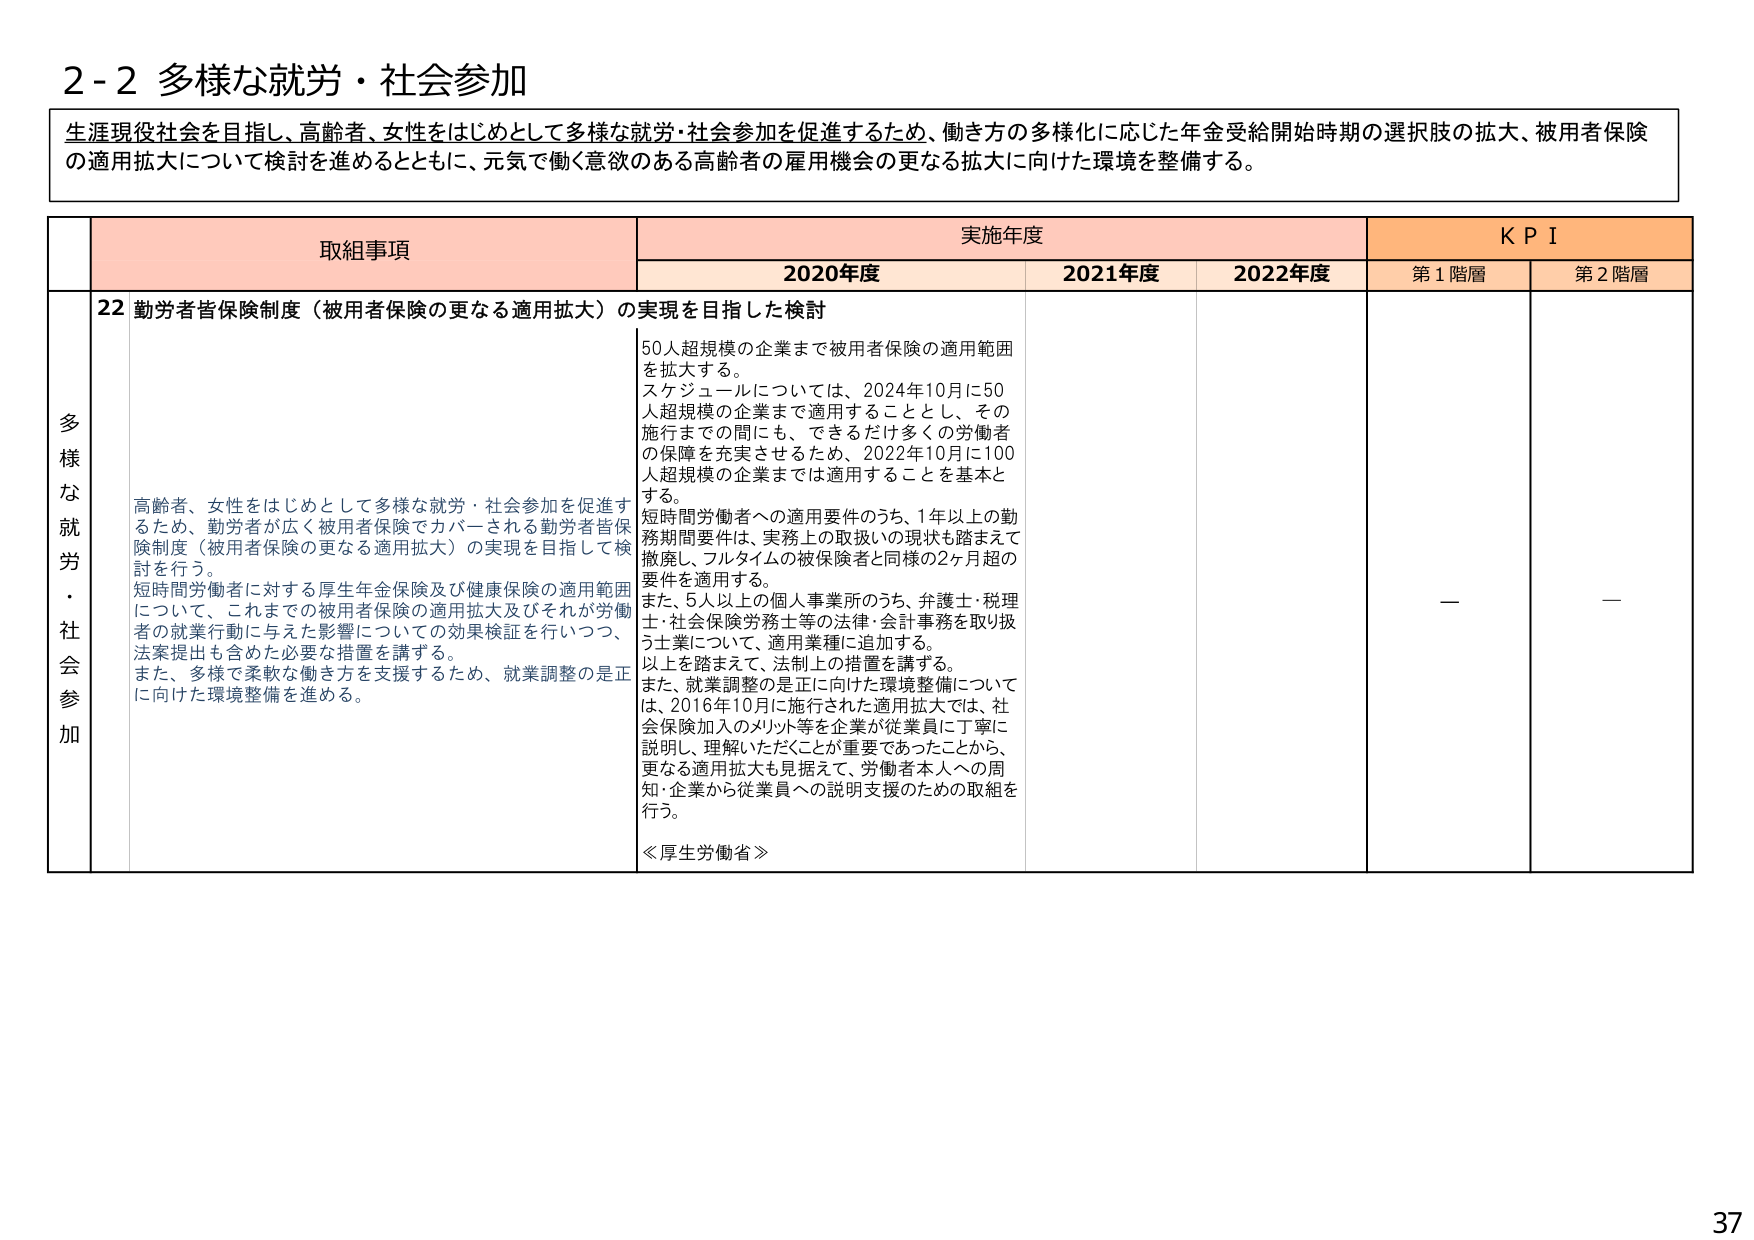
2-2 多様な就労・社会参加

生涯現役社会を目指し、高齢者、女性をはじめとして多様な就労・社会参加を促進するため、働き方の多様化に応じた年金受給開始時期の選択肢の拡大、被用者保険の適用拡大について検討を進めるとともに、元気に働く意欲のある高齢者の雇用機会の更なる拡大に向けた環境を整備する。

取組事項 実施年度 KPI
2020年度 2021年度 2022年度 第1階層 第2階層

多様な就労・社会参加
22 勤労者皆保険制度（被用者保険の更なる適用拡大）の実現を目指した検討

高齢者、女性をはじめとして多様な就労・社会参加を促進するため、勤労者が広く被用者保険でカバーされる勤労者皆保険制度（被用者保険の更なる適用拡大）の実現を目指して検討を行う。
短時間労働者に対する厚生年金保険及び健康保険の適用範囲について、これまでの被用者保険の適用拡大及びそれが労働者の就業行動に与えた影響についての効果検証を行いつつ、法案提出も含めた必要な措置を講ずる。
また、多様で柔軟な働き方を支援するため、就業調整の是正に向けた環境整備を進める。

50人超規模の企業まで被用者保険の適用範囲を拡大する。
スケジュールについては、2024年10月に50人超規模の企業まで適用することとし、その施行までの間にも、できるだけ多くの労働者の保障を充実させるため、2022年10月に100人超規模の企業までは適用することを基本とする。
短時間労働者への適用要件のうち、1年以上の勤務期間要件は、実務上の取扱いの現状も踏まえて撤廃し、フルタイムの被保険者と同様の2ヶ月超の要件を適用する。
また、5人以上の個人事業所のうち、弁護士・税理士・社会保険労務士等の法律・会計事務を取り扱う事業について、適用業種に追加する。
以上を踏まえて、法制上の措置を講ずる。
また、就業調整の是正に向けた環境整備については、2016年10月に施行された適用拡大では、社会保険加入のメリット等を企業が従業員に丁寧に説明し、理解いただくことが重要であったことから、更なる適用拡大も見据えて、労働者本人への周知・企業から従業員への説明支援のための取組を行う。

≪厚生労働省≫

— —